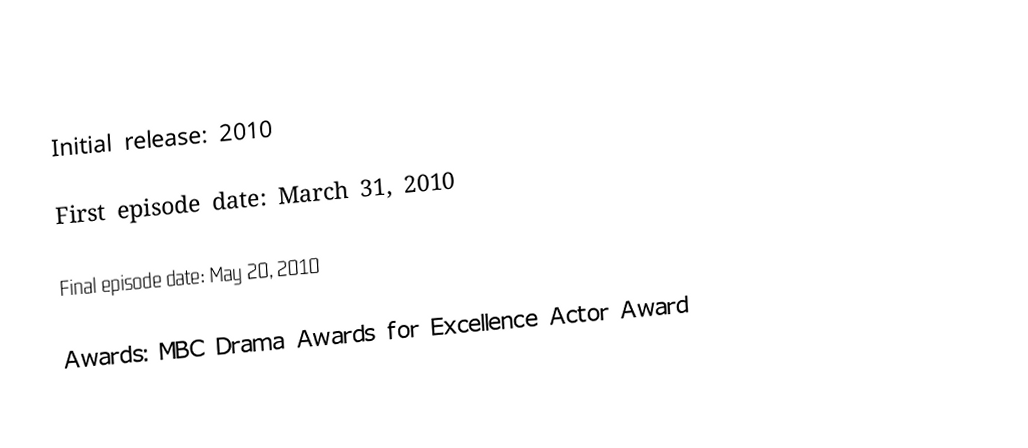
Initial release: 2010

 First episode date: March 31, 2010

 Final episode date: May 20, 2010

 Awards: MBC Drama Awards for Excellence Actor Award